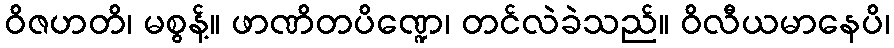
ဝိဇဟတိ၊ မစွန့်။ ဖာဏိတပိဏ္ဍေ၊ တင်လဲခဲသည်။ ဝိလီယမာနေပိ၊